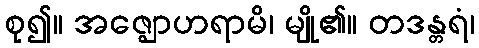
စု၍။ အဇ္ဈောဟရာမိ၊ မျို၏။ တဒန္တရံ၊